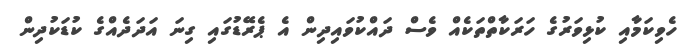
ހެވިކަމާއި ކުޅިވަރުގެ ހަރަކާތްތަކެއް ވެސް ދައްކުވައިދިން އެ ޕެރޭޑުގައި ގިނަ އަދަދެއްގެ ކުޑަކުދިން